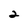
Character: 2